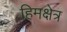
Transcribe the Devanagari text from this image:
हिमक्षेत्र